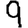
Digit: 9